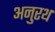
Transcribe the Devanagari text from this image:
अनुरथ